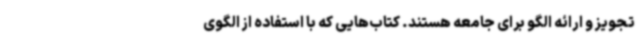
تجویز و ارائه الگو برای جامعه هستند. کتاب‌هایی که با استفاده از الگوی